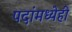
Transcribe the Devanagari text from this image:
पदांमध्येही